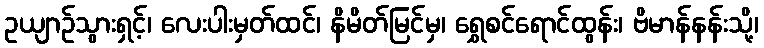
ဥယျာဉ်သွားရှင့်၊ လေးပါးမှတ်ထင်၊ နိမိတ်မြင်မှ၊ ရွှေစင်ရောင်ထွန်း၊ ဗိမာန်နန်းသို့၊